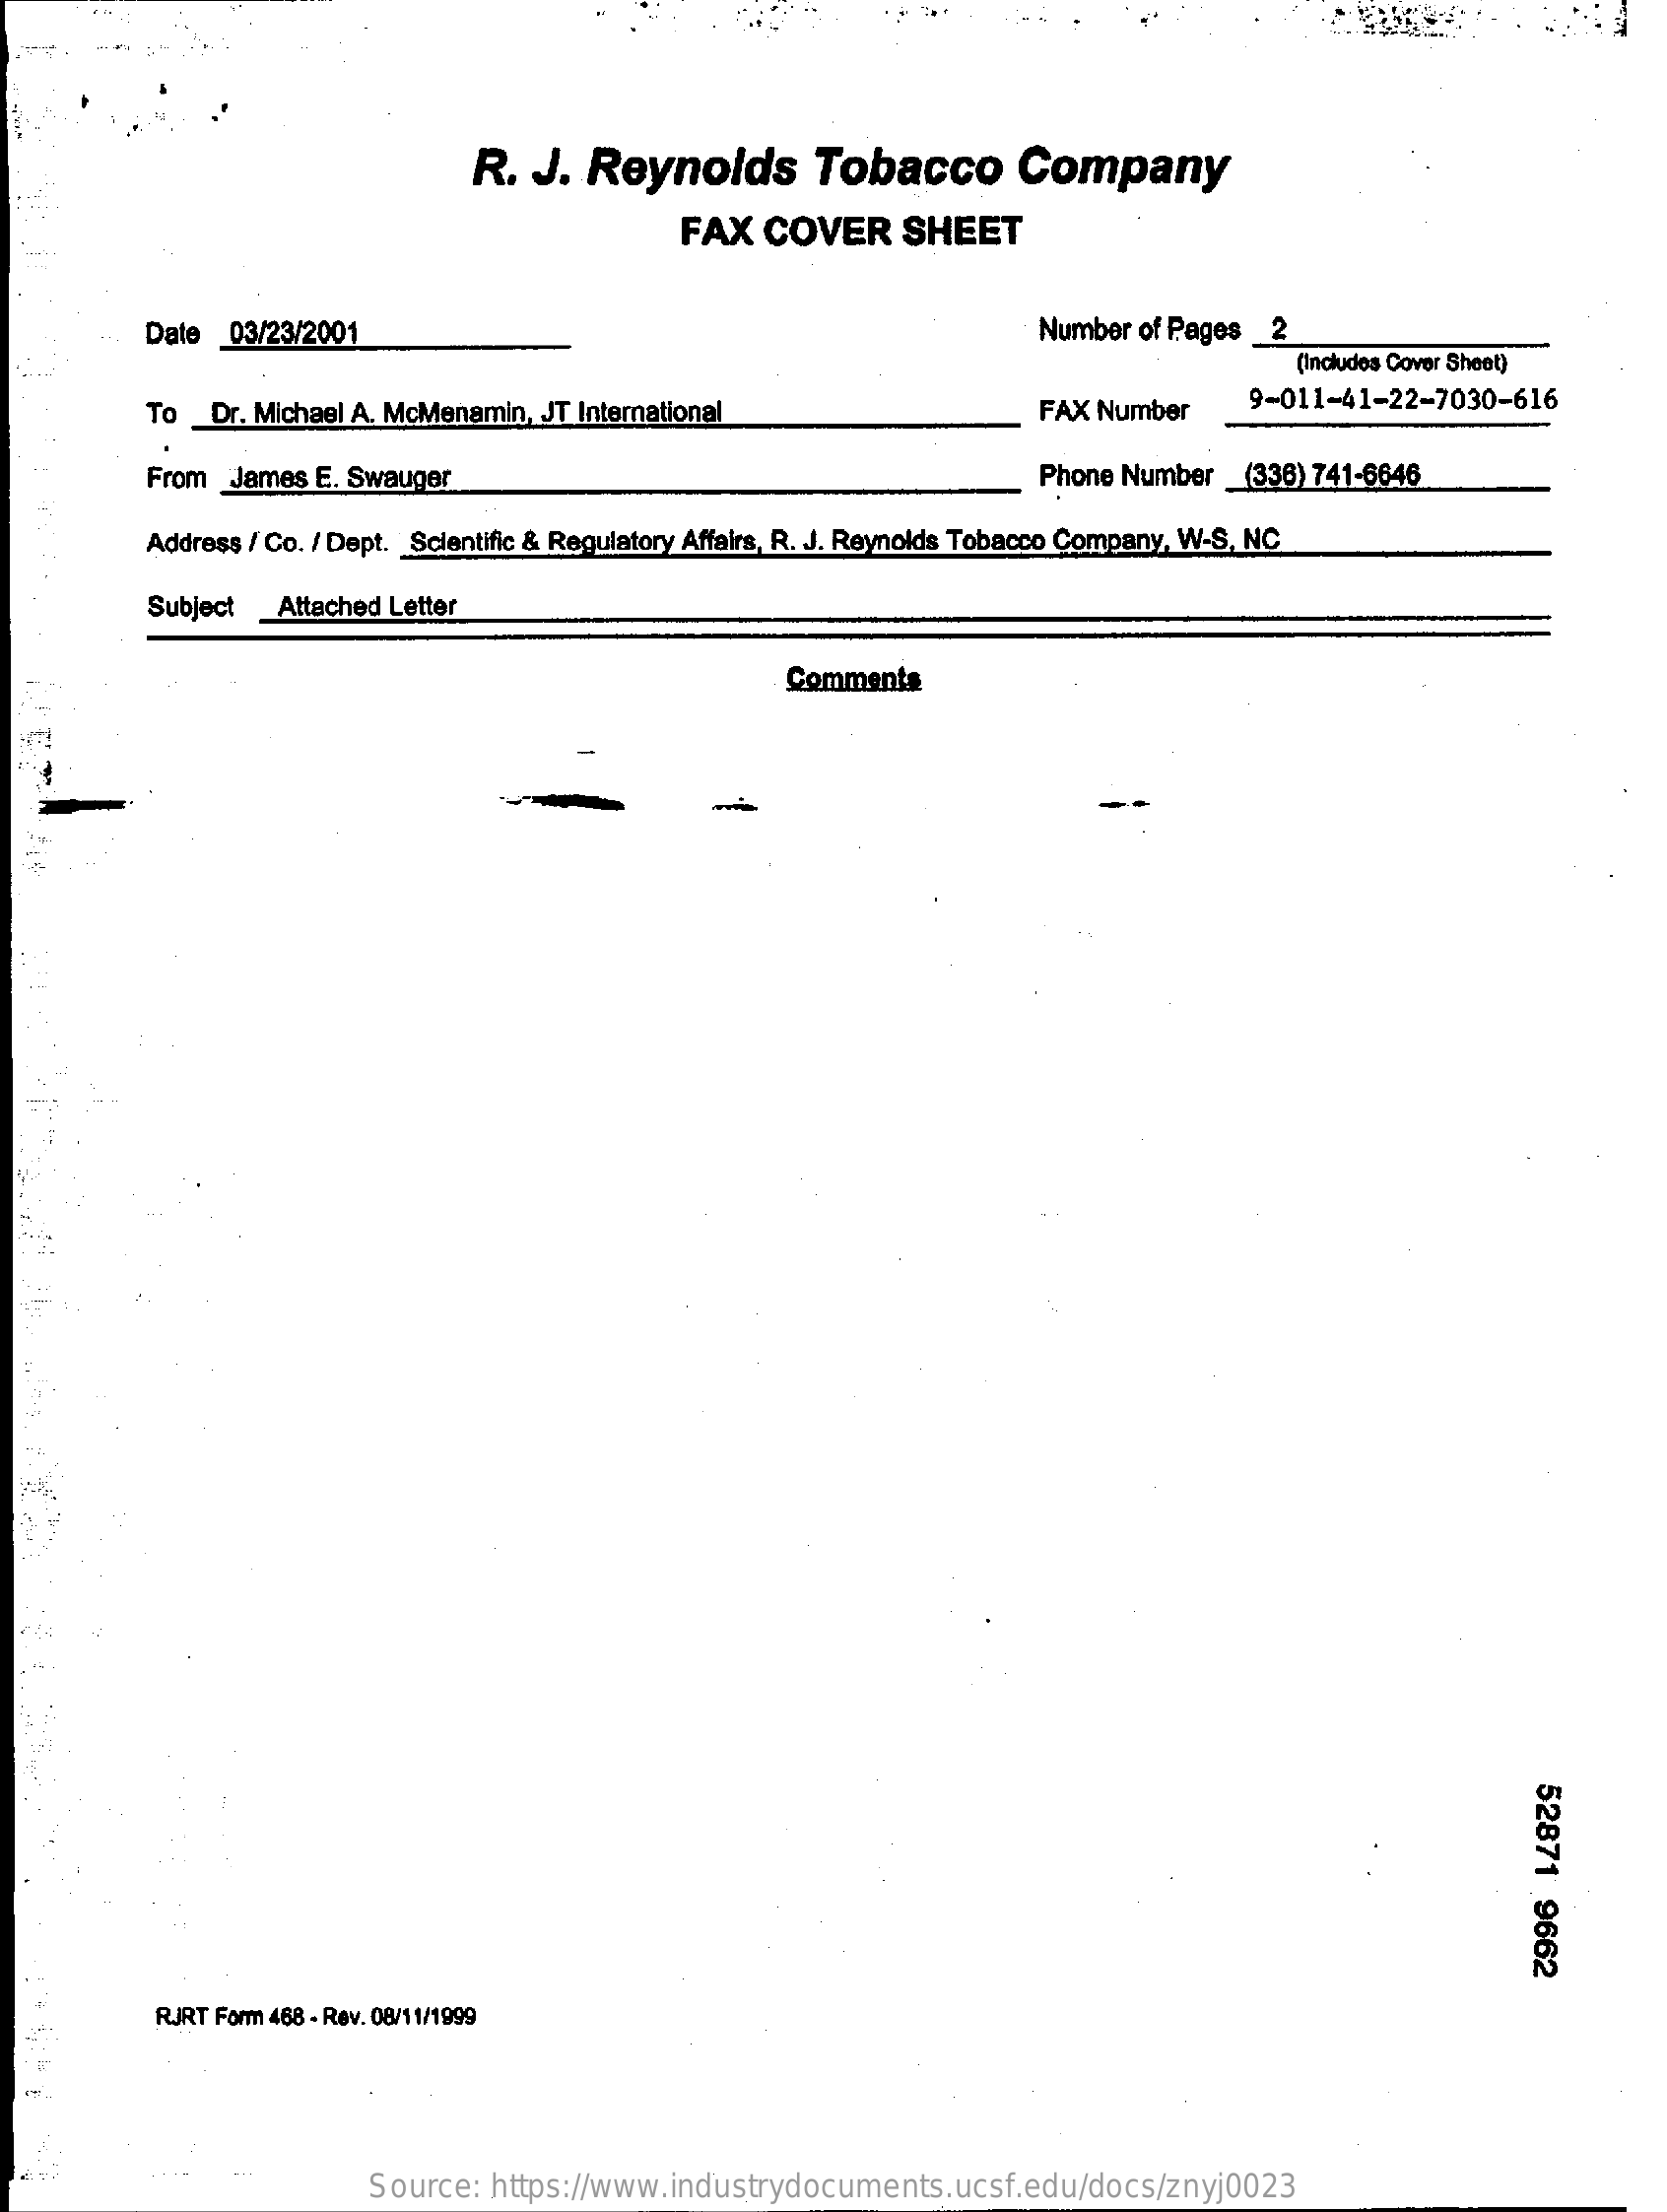
R.  J. Reynolds    Tobacco    Company
     FAX  COVER    SHEET
     Date  03/23/2001    Number of Pages _2
     (Includes Cover Sheet)
     To   Dr. Michael A. McMenamin, JT International    FAX Number    9-011-41-22-7030-616
     From James E. Swauger    Phone Number  (336) 741-6646
     Address / Co. / Dept. Scientific & Regulatory Affairs, R. J. Reynolds Tobacco Company, W-S, NC
     Subject Attached Letter
     Comments
     52871
     9662
     RJRT Form 468 - Rev. 08/11/1999
     Source:  https://www.industrydocuments.ucsf.edu/docs/znyj0023